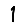
Digit: 1